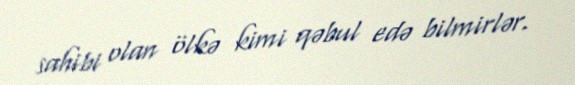
sahibi olan ölkə kimi qəbul edə bilmirlər.